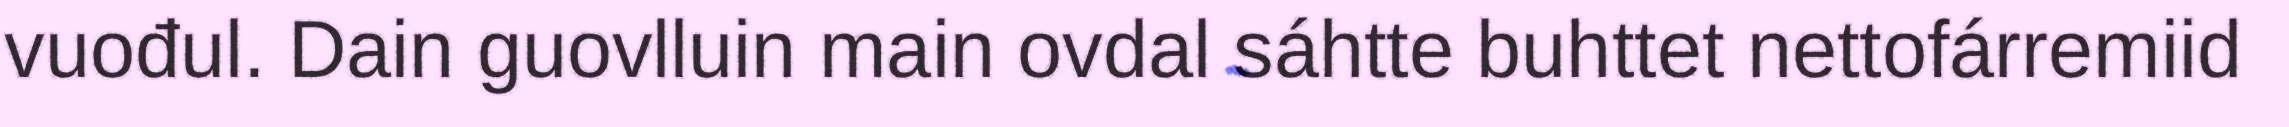
vuođul. Dain guovlluin main ovdal sáhtte buhttet nettofárremiid